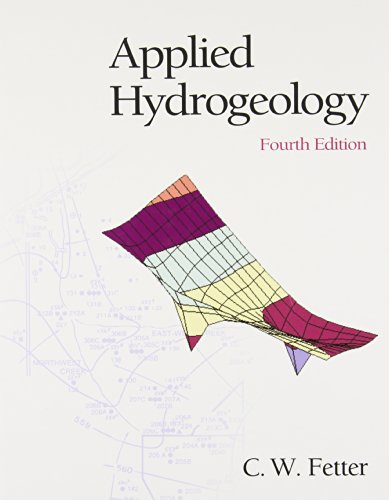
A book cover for Applied Hydrogeology (4th Edition); C.W. Fetter Jr.; Science & Math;